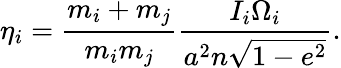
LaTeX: \eta_{i}=\frac{m_{i}+m_{j}}{m_{i}m_{j}}\frac{I_{i}\Omega_{i}}{a^{2}n\sqrt{1-e^{2}}}.